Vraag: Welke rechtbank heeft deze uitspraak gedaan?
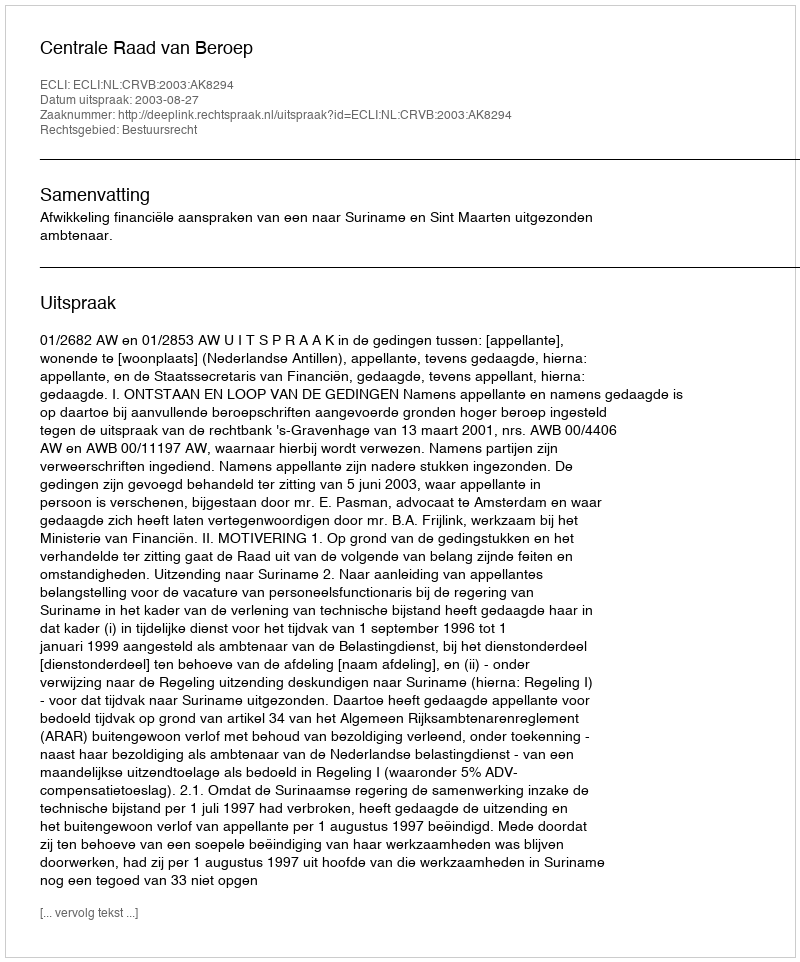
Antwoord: Centrale Raad van Beroep